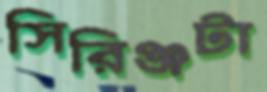
সিরিঞ্জটা